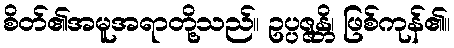
စိတ်၏အမူအရာတို့သည်။ ဥပ္ပဇ္ဇန္တိ၊ ဖြစ်ကုန်၏။